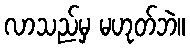
လာသည်မှ မဟုတ်ဘဲ။